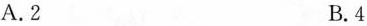
A.2 B.4